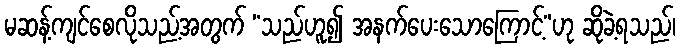
မဆန့်ကျင်စေလိုသည့်အတွက် “သည်ဟူ၍ အနက်ပေးသောကြောင့်”ဟု ဆိုခဲ့ရသည်၊